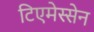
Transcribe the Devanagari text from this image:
टिएमेस्सेन